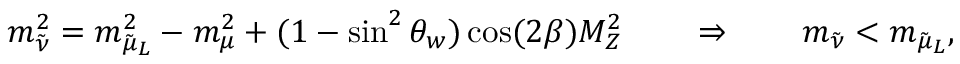
m _ { \tilde { \nu } } ^ { 2 } = m _ { { \tilde { \mu } } _ { L } } ^ { 2 } - m _ { \mu } ^ { 2 } + ( 1 - \sin ^ { 2 } \theta _ { w } ) \cos ( 2 \beta ) M _ { Z } ^ { 2 } \qquad \Rightarrow \qquad m _ { \tilde { \nu } } < m _ { { \tilde { \mu } } _ { L } } ,